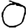
Digit: 0